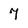
Character: 7